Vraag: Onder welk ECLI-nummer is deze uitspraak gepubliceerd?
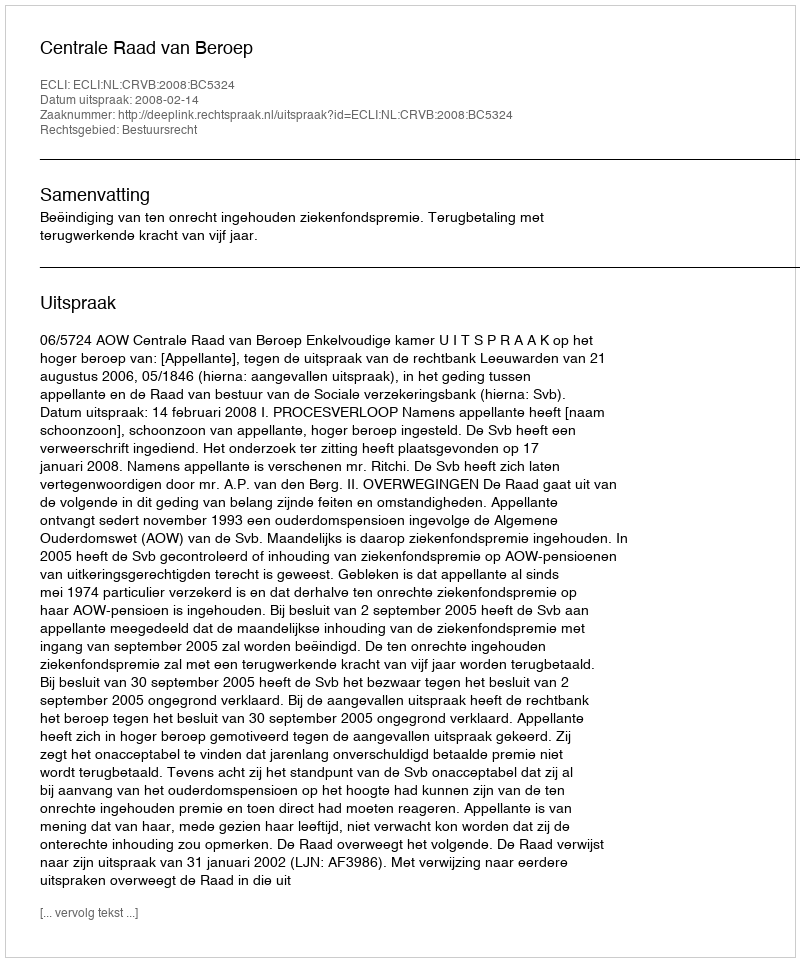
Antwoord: ECLI:NL:CRVB:2008:BC5324